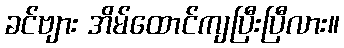
ခင်ဗျား အိမ်ထောင်ကျပြီးပြီလား။